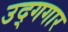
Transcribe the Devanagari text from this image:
उद्गगार